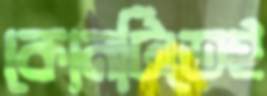
কোনটিতেই